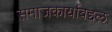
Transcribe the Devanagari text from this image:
समाजकार्याबद्दल